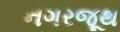
નગરજૂથ